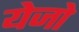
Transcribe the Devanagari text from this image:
येजो